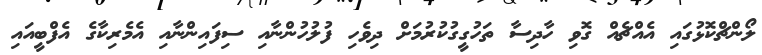
ލޯންޗްކޮޅުގައި އެއްޗެއް ގޮވި ހާދިސާ ތަހުގީގުކުރުމަށް ދިވެހި ފުލުހުންނާއި ސިފައިންނާއި އެމެރިކާގެ އެފްބީއައި